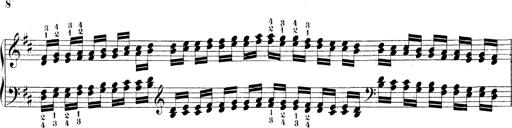
Title: Technische Studien
Composer: Franz Liszt